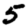
Digit: 5